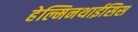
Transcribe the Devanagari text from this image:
हेल्मिनथाईसिस